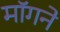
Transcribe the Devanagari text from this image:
माॅगने